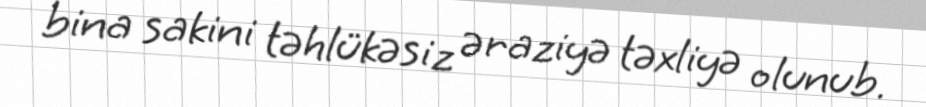
bina sakini təhlükəsiz əraziyə təxliyə olunub.